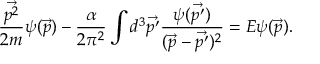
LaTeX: \frac { \vec { p ^ { 2 } } } { 2 m } \psi ( \vec { p } ) - \frac { \alpha } { 2 \pi ^ { 2 } } \int d ^ { 3 } \vec { p ^ { \prime } } \frac { \psi ( \vec { p ^ { \prime } } ) } { ( \vec { p } - \vec { p ^ { \prime } } ) ^ { 2 } } = E \psi ( \vec { p } ) .